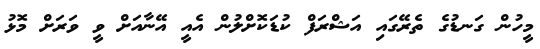
މީހުން ގަނޑުގެ ތެރޭގައި އަޝްރަފް ކުޑަކޮށްލުން އެއީ އޭނާއަށް ވީ ވަރަށް މޮޅު